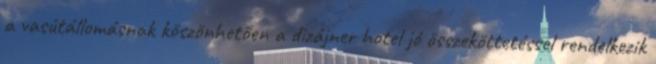
a vasútállomásnak köszönhetően a dizájner hotel jó összeköttetéssel rendelkezik